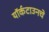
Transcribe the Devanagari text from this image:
यॉर्कटाउनचे